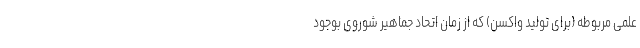
علمی مربوطه (برای تولید واکسن) که از زمان اتحاد جماهیر شوروی بوجود